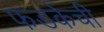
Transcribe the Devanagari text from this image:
फडकेंची